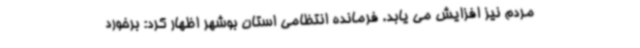
مردم نیز افزایش می یابد. فرمانده انتظامی استان بوشهر اظهار کرد: برخورد